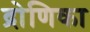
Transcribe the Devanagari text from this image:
द्रोणिका